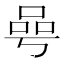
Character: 𠵛